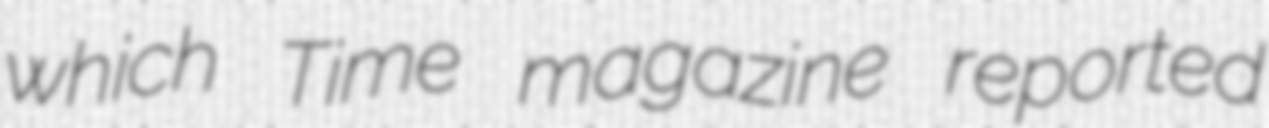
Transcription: which Time magazine reported